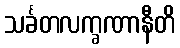
သင်္ခတလက္ခဏာနီတိ